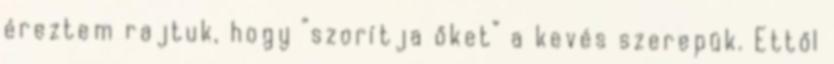
éreztem rajtuk, hogy “szorítja őket” a kevés szerepük. Ettől